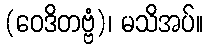
(ဝေဒိတဗ္ဗံ)၊ မသိအပ်။